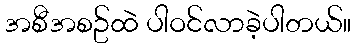
အစီအစဥ်ထဲ ပါဝင်လာခဲ့ပါတယ်။